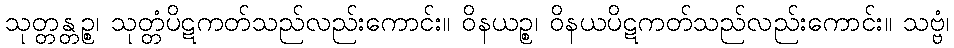
သုတ္တန္တဉ္စ၊ သုတ္တံပိဋကတ်သည်လည်းကောင်း။ ဝိနယဉ္စ၊ ဝိနယပိဋကတ်သည်လည်းကောင်း။ သဗ္ဗံ၊